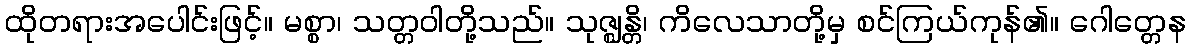
ထိုတရားအပေါင်းဖြင့်။ မစ္စာ၊ သတ္တဝါတို့သည်။ သုဇ္ဈန္တိ၊ ကိလေသာတို့မှ စင်ကြယ်ကုန်၏။ ဂေါတ္တေန